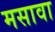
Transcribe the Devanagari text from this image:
मसावा